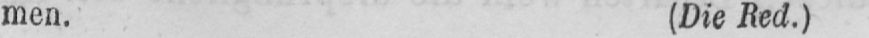
men. (Die Red.)